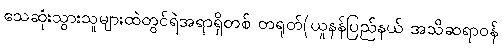
သေဆုံးသွားသူများထဲတွင်ရဲအရာရှိတစ် တရုတ်(ယူနန်ပြည်နယ် အသိဆရာဝန်